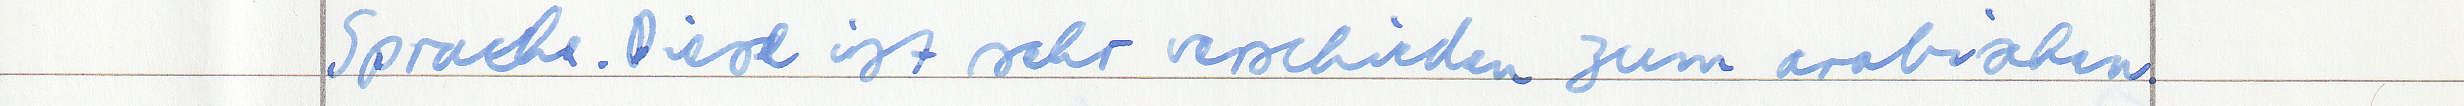
Sprache. Diese ist sehr verschieden zum arabischen